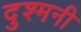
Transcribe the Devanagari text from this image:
दुश्‍मनी